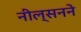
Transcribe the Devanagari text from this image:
नील्सनने